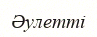
Әулетті